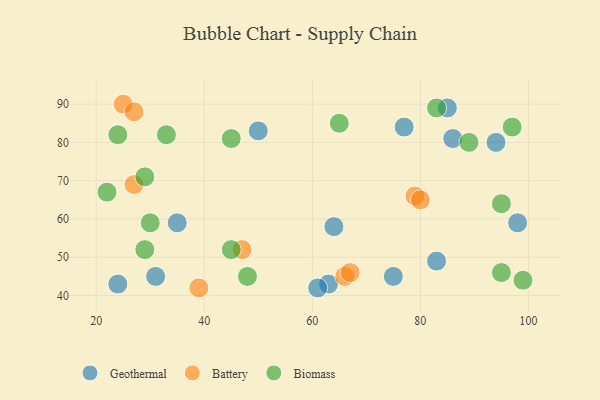
{"axis": {"x": "GDP", "y": "Life Expectancy"}, "legend": ["Battery", "Biomass", "Geothermal"], "data": [{"x": "77", "y": 84, "type": "Geothermal"}, {"x": "86", "y": 81, "type": "Geothermal"}, {"x": "85", "y": 89, "type": "Geothermal"}, {"x": "98", "y": 59, "type": "Geothermal"}, {"x": "35", "y": 59, "type": "Geothermal"}, {"x": "75", "y": 45, "type": "Geothermal"}, {"x": "31", "y": 45, "type": "Geothermal"}, {"x": "63", "y": 43, "type": "Geothermal"}, {"x": "24", "y": 43, "type": "Geothermal"}, {"x": "61", "y": 42, "type": "Geothermal"}, {"x": "83", "y": 49, "type": "Geothermal"}, {"x": "50", "y": 83, "type": "Geothermal"}, {"x": "64", "y": 58, "type": "Geothermal"}, {"x": "94", "y": 80, "type": "Geothermal"}, {"x": "47", "y": 52, "type": "Battery"}, {"x": "27", "y": 69, "type": "Battery"}, {"x": "66", "y": 45, "type": "Battery"}, {"x": "79", "y": 66, "type": "Battery"}, {"x": "67", "y": 46, "type": "Battery"}, {"x": "39", "y": 42, "type": "Battery"}, {"x": "80", "y": 65, "type": "Battery"}, {"x": "25", "y": 90, "type": "Battery"}, {"x": "27", "y": 88, "type": "Battery"}, {"x": "48", "y": 45, "type": "Biomass"}, {"x": "65", "y": 85, "type": "Biomass"}, {"x": "30", "y": 59, "type": "Biomass"}, {"x": "45", "y": 52, "type": "Biomass"}, {"x": "95", "y": 46, "type": "Biomass"}, {"x": "29", "y": 52, "type": "Biomass"}, {"x": "95", "y": 64, "type": "Biomass"}, {"x": "45", "y": 81, "type": "Biomass"}, {"x": "22", "y": 67, "type": "Biomass"}, {"x": "97", "y": 84, "type": "Biomass"}, {"x": "24", "y": 82, "type": "Biomass"}, {"x": "89", "y": 80, "type": "Biomass"}, {"x": "29", "y": 71, "type": "Biomass"}, {"x": "99", "y": 44, "type": "Biomass"}, {"x": "33", "y": 82, "type": "Biomass"}, {"x": "83", "y": 89, "type": "Biomass"}]}